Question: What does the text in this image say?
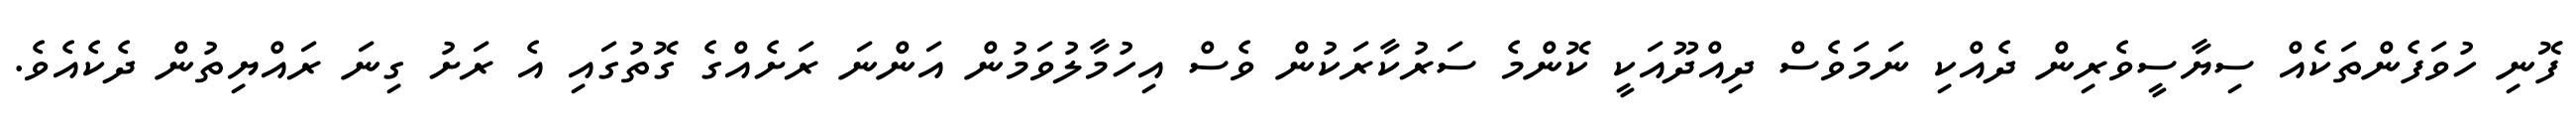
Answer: ފޮނި ހުވަފެންތަކެއް ސިޔާސީވެރިން ދެއްކި ނަމަވެސް ދިއްދޫއަކީ ކޮންމެ ސަރުކާރަކުން ވެސް އިހުމާލުވަމުން އަންނަ ރަށެއްގެ ގޮތުގައި އެ ރަށު ގިނަ ރައްޔިތުން ދެކެއެވެ.